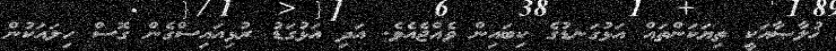
ޚުލާޞާއަކީ ތިޔަކަންތައް އަޅުގަނޑުގެ ކިބައިން ވެއްޖެއެވެ. އަދި އަޅުގަޑު ރުޅިއައިސްގެން ގޮސް ހިލައަކުން